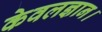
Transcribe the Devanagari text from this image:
केवलज्ञान।